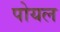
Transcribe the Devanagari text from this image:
पोयल